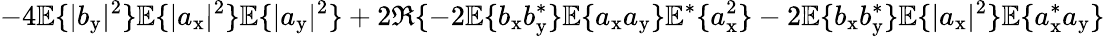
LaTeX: -4\mathbb{E}\{ |b_{\mathrm{y}}|^{2}\} \mathbb{E}\{ |a_{\mathrm{x}}|^{2}\} \mathbb{E}\{ |a_{\mathrm{y}}|^{2}\} +2\Re\{ -2\mathbb{E}\{ b_{\mathrm{x}}b_{\mathrm{y}}^{\ast}\} \mathbb{E}\{ a_{\mathrm{x}}a_{\mathrm{y}}\} \mathbb{E}^{\ast}\{ a_{\mathrm{x}}^{2}\} -2\mathbb{E}\{ b_{\mathrm{x}}b_{\mathrm{y}}^{\ast}\} \mathbb{E}\{ |a_{\mathrm{x}}|^{2}\} \mathbb{E}\{ a_{\mathrm{x}}^{\ast}a_{\mathrm{y}}\}